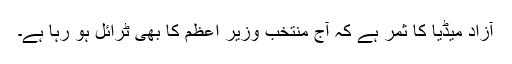
آزاد میڈیا کا ثمر ہے کہ آج منتخب وزیر اعظم کا بھی ٹرائل ہو رہا ہے۔